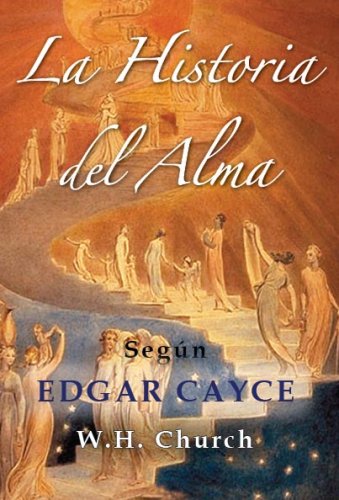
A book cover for Edgar Cayce's La Historia Del Alma (Spanish Edition); W.H. CHurch; Religion & Spirituality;